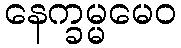
နေက္ခမ္မမေဝ